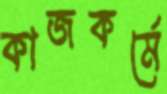
কাজকর্মে